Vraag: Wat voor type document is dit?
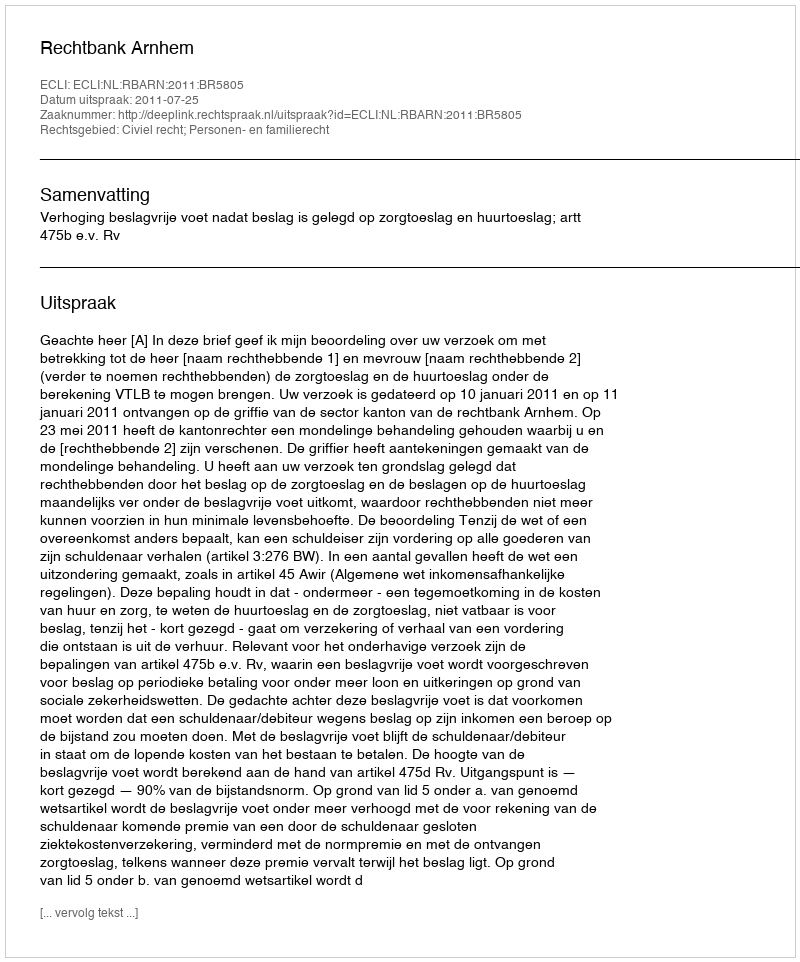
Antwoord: Uitspraak